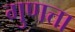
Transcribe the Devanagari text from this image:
गुणत्ता